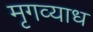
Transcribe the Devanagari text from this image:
मृगव्याध